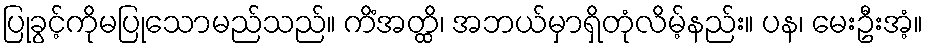
ပြုခွင့်ကိုမပြုသောမည်သည်။ ကိံအတ္ထိ၊ အဘယ်မှာရှိတုံလိမ့်နည်း။ ပန၊ မေးဦးအံ့။